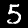
Digit: 5